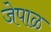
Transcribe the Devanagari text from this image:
जेपाळ